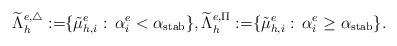
LaTeX: \begin{align*} \widetilde\Lambda_h^{e,\triangle}:=\span\{ \tilde\mu_{h,i}^e:\,\alpha_{i}^e < \alpha_{\rm{stab}}\}, \widetilde\Lambda_h^{e,\Pi}:=\span\{ \tilde\mu_{h,i}^e:\,\alpha_{i}^e \ge \alpha_{\rm{stab}}\}.\end{align*}